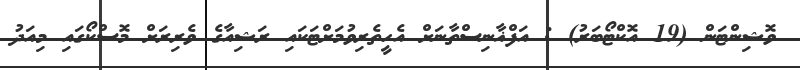
ވޮޝިންޓަން (19 އޮކްޓޯބަރު) : އަފްޣާނިސްތާނަށް އެހީތެރިވުމަށްޓަކައި ރަޝިއާގެ ވެރިރަށް މޮސްކޯގައި މިއަދު